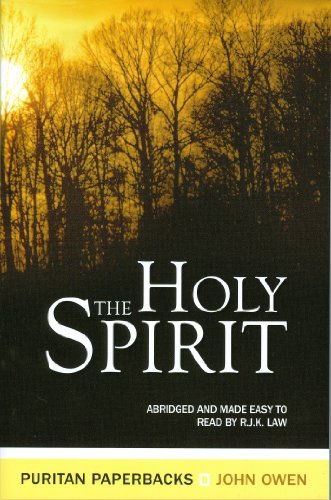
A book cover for The Holy Spirit: The Treasures (Treasures of John Owen); John Owen; Christian Books & Bibles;